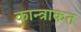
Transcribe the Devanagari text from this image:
कान्त्राकत